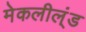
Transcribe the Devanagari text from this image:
मेकलील्ंड